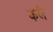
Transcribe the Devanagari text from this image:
कलैं